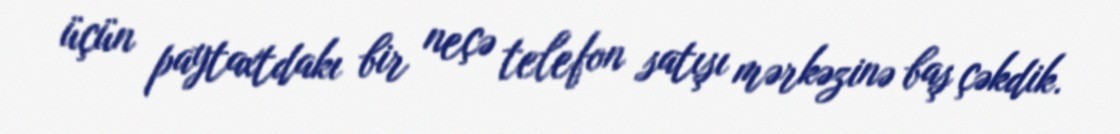
üçün paytaxtdakı bir neçə telefon satışı mərkəzinə baş çəkdik.